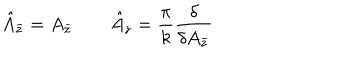
LaTeX: \hat { A } _ { \bar { z } } = A _ { \bar { z } } \qquad \hat { A } _ { z } = \frac { \pi } { k } \frac { \delta } { \delta A _ { \bar { z } } }